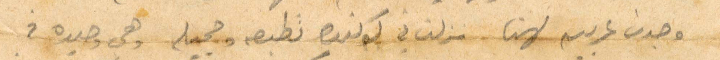
وجدت عربية لهن.نزلت في لوكندة نطبعه وحجيلخ وهي وحيدة في